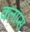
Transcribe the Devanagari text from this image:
क्लॉप्स